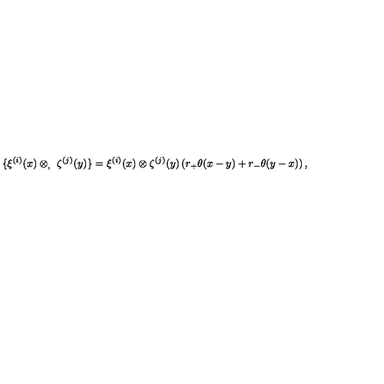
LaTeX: \{ \xi ^ { ( i ) } ( x ) \otimes _ { , } \ \zeta ^ { ( j ) } ( y ) \} = \xi ^ { ( i ) } ( x ) \otimes \zeta ^ { ( j ) } ( y ) \left( r _ { + } \theta ( x - y ) + r _ { - } \theta ( y - x ) \right) ,